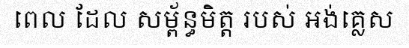
ពេល ដែល សម្ព័ន្ធមិត្ត របស់ អង់គ្លេស